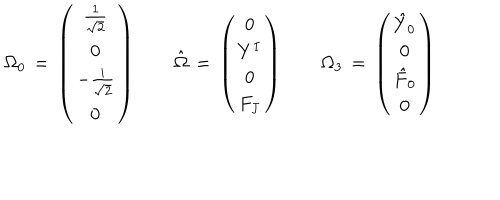
\Omega _ { 0 } \, = \, \left( \begin{matrix} { { { \frac { 1 } { \sqrt { 2 } } } } } \\ { { { \bf 0 } } } \\ { { - { \frac { \mathrm { i } } { \sqrt { 2 } } } } } \\ { { { \bf 0 } } } \\ \end{matrix} \right) \qquad { \hat { \Omega } } \, = \, \left( \begin{matrix} { { 0 } } \\ { { Y ^ { I } } } \\ { { 0 } } \\ { { F _ { J } } } \\ \end{matrix} \right) \qquad \Omega _ { 3 } \, = \, \left( \begin{matrix} { { { \hat { Y } } _ { 0 } } } \\ { { { \bf 0 } } } \\ { { { \hat { F } } _ { 0 } } } \\ { { { \bf 0 } } } \\ \end{matrix} \right)